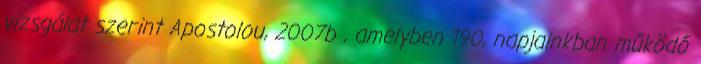
vizsgálat szerint Apostolou, 2007b , amelyben 190, napjainkban működő